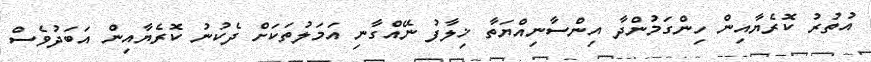
އުތުރު ކޮރެޔާއިން ހިންގަމުންދާ އިންސާނިއްޔަތާ ޚިލާފު ނޭއްގާނި އަމަލުތަކަށް ދެކުނު ކޮރެޔާއިން އަބަދުވެސް